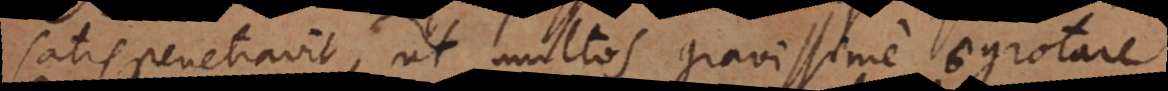
satis penetravit, ut multos gravissime aegrotare